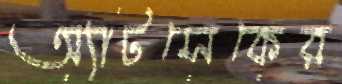
অ্যাটসেকের